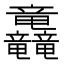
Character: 𮄿